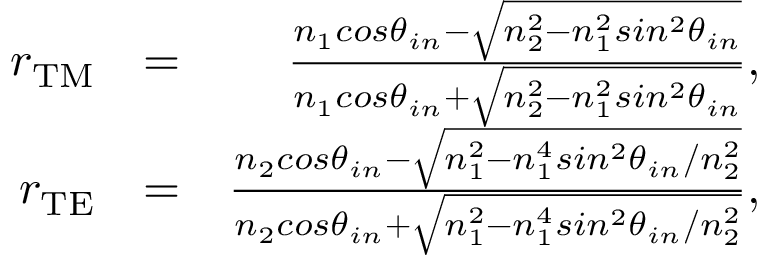
\begin{array} { r l r } { r _ { \mathrm { T M } } } & { = } & { \frac { n _ { 1 } c o s \theta _ { i n } - \sqrt { n _ { 2 } ^ { 2 } - n _ { 1 } ^ { 2 } s i n ^ { 2 } \theta _ { i n } } } { n _ { 1 } c o s \theta _ { i n } + \sqrt { n _ { 2 } ^ { 2 } - n _ { 1 } ^ { 2 } s i n ^ { 2 } \theta _ { i n } } } , } \\ { r _ { \mathrm { T E } } } & { = } & { \frac { n _ { 2 } c o s \theta _ { i n } - \sqrt { n _ { 1 } ^ { 2 } - n _ { 1 } ^ { 4 } s i n ^ { 2 } \theta _ { i n } / n _ { 2 } ^ { 2 } } } { n _ { 2 } c o s \theta _ { i n } + \sqrt { n _ { 1 } ^ { 2 } - n _ { 1 } ^ { 4 } s i n ^ { 2 } \theta _ { i n } / n _ { 2 } ^ { 2 } } } , } \end{array}